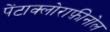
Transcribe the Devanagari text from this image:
पेंटाक्लोराफ़ीनोल